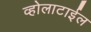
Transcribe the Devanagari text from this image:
व्होलाटाईल